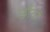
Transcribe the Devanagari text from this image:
छाँवों